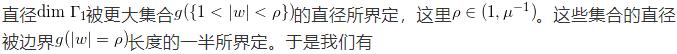
直径$\text{diam }\Gamma_1$被更大集合$g(\{1<|w|<\rho\})$的直径所界定，这里$\rho\in(1,\mu^{-1})$。这些集合的直径被边界$g(|w| = \rho)$长度的一半所界定。于是我们有